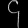
Digit: ၄